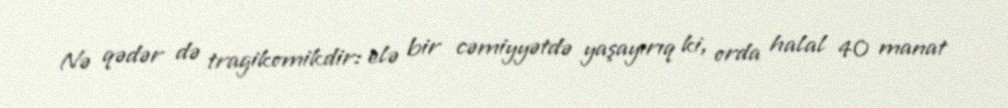
Nə qədər də tragikomikdir: elə bir cəmiyyətdə yaşayırıq ki, orda halal 40 manat